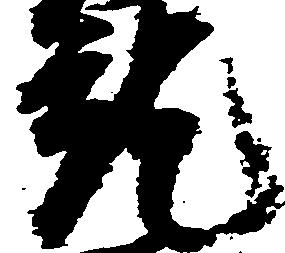
就